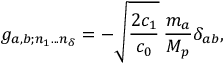
g _ { a , b ; n _ { 1 } . . . n _ { \delta } } = - \sqrt { \frac { 2 c _ { 1 } } { c _ { 0 } } } \: \frac { m _ { a } } { M _ { p } } \delta _ { a b } ,